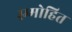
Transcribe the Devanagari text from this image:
स्म्मोहित